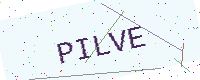
Text: PILVE